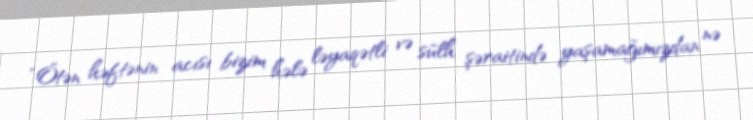
“Ötən həftənin acısı bizim hələ ləyaqətli və sülh şəraitində yaşamağımızdan nə